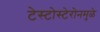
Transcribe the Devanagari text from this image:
टेस्टोस्टेरोनमुळे